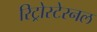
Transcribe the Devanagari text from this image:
रिट्रोस्टेरनल